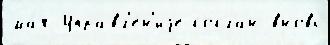
ма́я Управл'е́н'иjе со́слан вновь